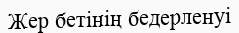
Жер бетінің бедерленуі